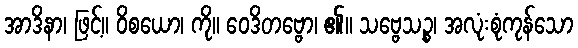
အာဒိနာ၊ ဖြင့်။ ဝိစယော၊ ကို။ ဝေဒိတဗ္ဗော၊ ၏။ သဗ္ဗေသဉ္စ၊ အလုံးစုံကုန်သော